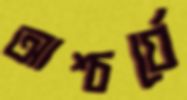
আশ্চর্যে